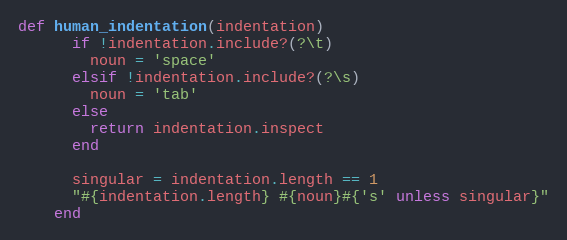
Language: Ruby
def human_indentation(indentation)
      if !indentation.include?(?\t)
        noun = 'space'
      elsif !indentation.include?(?\s)
        noun = 'tab'
      else
        return indentation.inspect
      end

      singular = indentation.length == 1
      "#{indentation.length} #{noun}#{'s' unless singular}"
    end